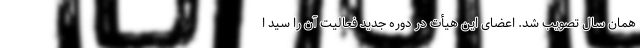
همان سال تصویب شد. اعضای این هیأت در دوره جدید فعالیت آن را سید ا